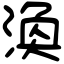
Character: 渙